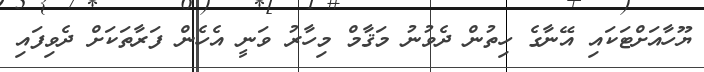
ޔޫހާއަށްޓަކައި އޭނާގެ ހިތުން ދެވުނު މަޤާމް މިހާރު ވަނީ އެހެން ފަރާތަކަށް ދެވިފައި